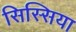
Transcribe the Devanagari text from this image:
सिस्सिया